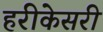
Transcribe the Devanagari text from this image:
हरीकेसरी